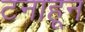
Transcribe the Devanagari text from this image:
टनाहून